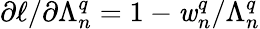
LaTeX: \partial\ell/\partial\Lambda_{n}^{q}=1-\mathit{w}_{n}^{q}/\Lambda_{n}^{q}